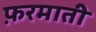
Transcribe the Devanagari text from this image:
फ़रमाती